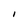
Character: I